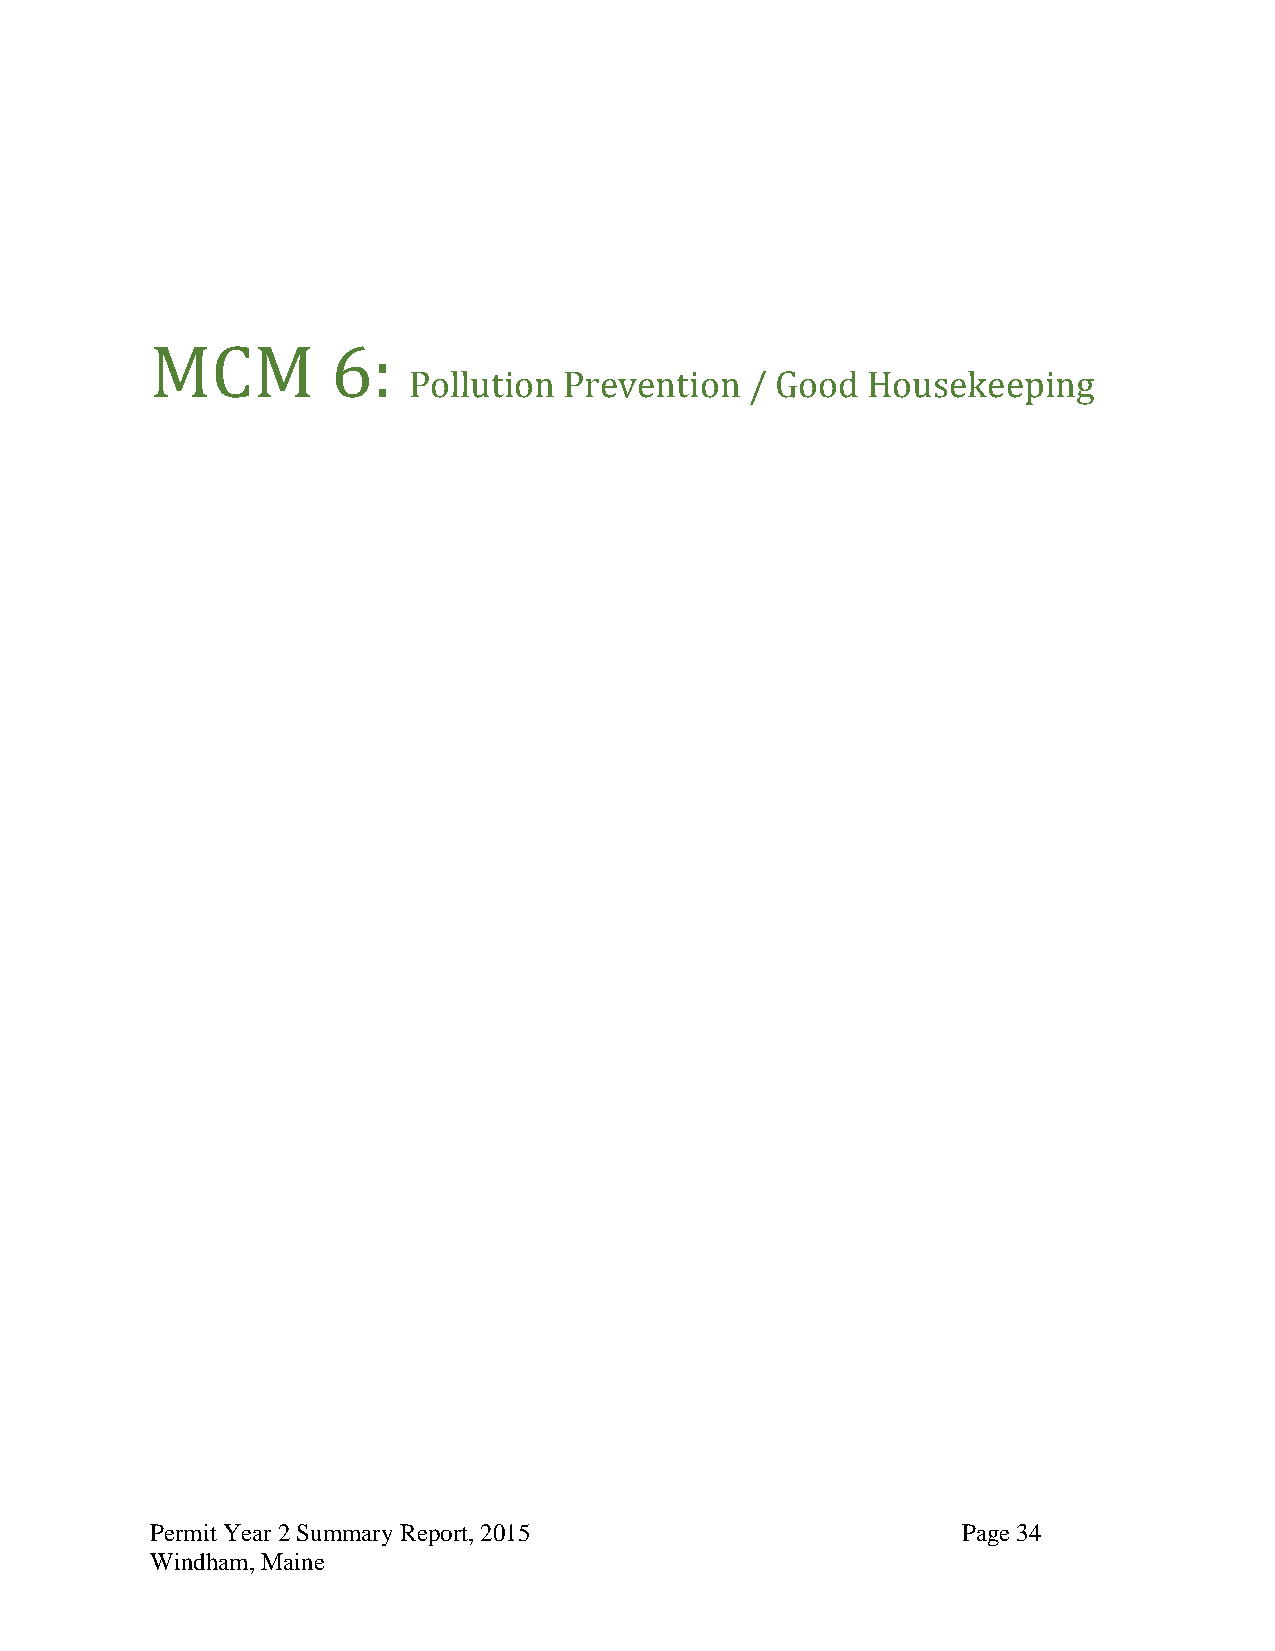
MCM         6:
 Pollution Prevention   / Good Housekeeping
 Permit Year 2 Summary Report, 2015                    Page 34
 Windham, Maine